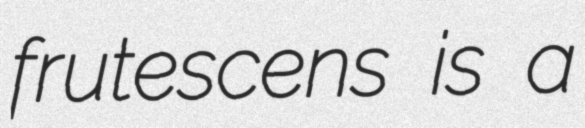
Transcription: frutescens is a